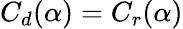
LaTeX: C_{d}(\alpha)=C_{r}(\alpha)